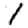
Digit: 1